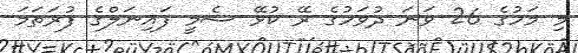
މި މަހުގެ 26 ވަނަ ދުވަހުގެ ރޭ ކުޅޭ ސެމީ ފައިނަލްގެ ފުރަތަމަ